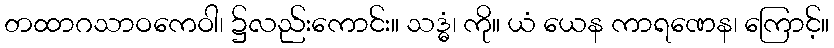
တထာဂသာဝကေဝါ၊ ၌လည်းကောင်း။ သဒ္ဓံ၊ ကို။ ယံ ယေန ကာရဏေန၊ ကြောင့်။